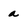
Character: a